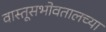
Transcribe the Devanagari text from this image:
वास्तूसभोवतालच्या